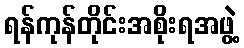
ရန်ကုန်တိုင်းအစိုးရအဖွဲ့